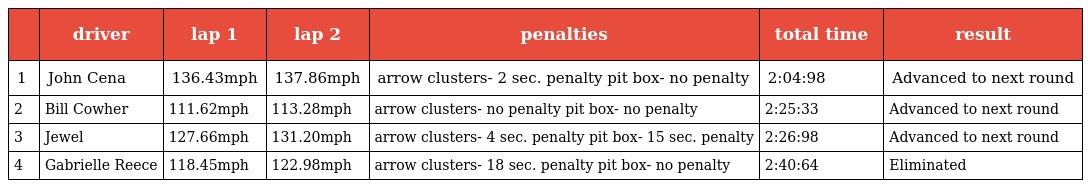
|  | driver | lap 1 | lap 2 | penalties | total time | result |
 | --- | --- | --- | --- | --- | --- | --- |
 | 1 | John Cena | 136.43mph | 137.86mph | arrow clusters- 2 sec. penalty pit box- no penalty | 2:04:98 | Advanced to next round |
 | 2 | Bill Cowher | 111.62mph | 113.28mph | arrow clusters- no penalty pit box- no penalty | 2:25:33 | Advanced to next round |
 | 3 | Jewel | 127.66mph | 131.20mph | arrow clusters- 4 sec. penalty pit box- 15 sec. penalty | 2:26:98 | Advanced to next round |
 | 4 | Gabrielle Reece | 118.45mph | 122.98mph | arrow clusters- 18 sec. penalty pit box- no penalty | 2:40:64 | Eliminated |